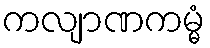
ကလျာဏကမ္မံ